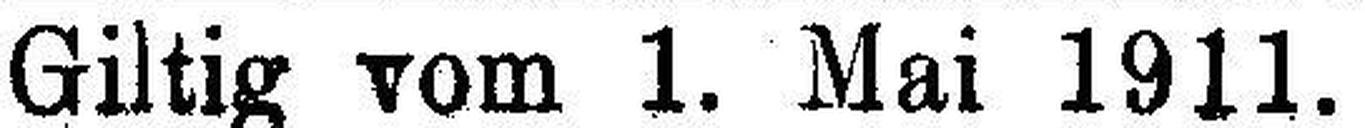
Giltig vom 1. Mai 1911.